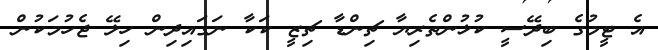
އެ ޓީމުގެ ބިދޭސީ ކުޅުންތެރިޔާ ޗިންޑާ ޗިޒީ ކަކާ ނަގައިދިން ހިލޭ ޖެހުމަކުން